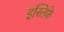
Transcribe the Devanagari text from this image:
इस्तिफे